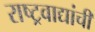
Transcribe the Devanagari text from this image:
राष्ट्रवाद्यांची